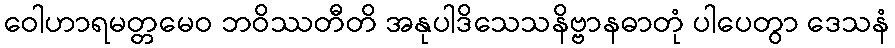
ဝေါဟာရမတ္တမေဝ ဘဝိဿတီတိ အနုပါဒိသေသနိဗ္ဗာနဓာတုံ ပါပေတွာ ဒေသနံ